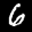
Label: 6